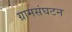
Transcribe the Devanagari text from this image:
ग्रामसंघटन